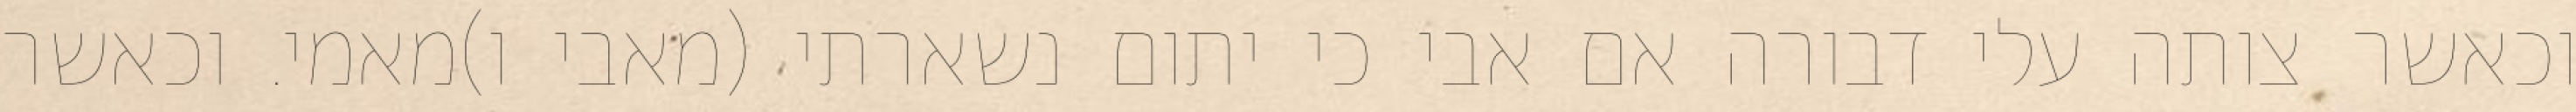
וכאשר צותה עלי דבורה אם אבי כי יתום נשארתי (מאבי ו)מאמי. וכאשר